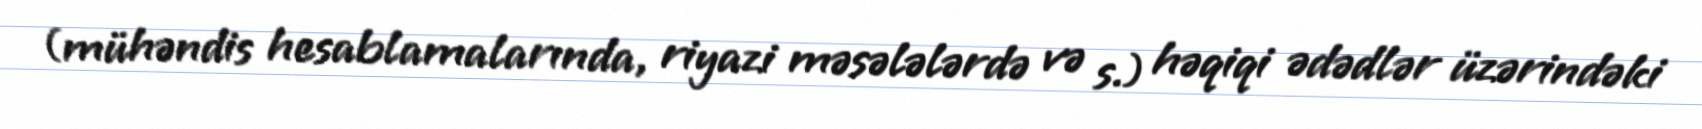
(mühəndis hesablamalarında, riyazi məsələlərdə və s.) həqiqi ədədlər üzərindəki